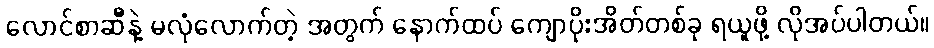
လောင်စာဆီနဲ့ မလုံလောက်တဲ့ အတွက် နောက်ထပ် ကျောပိုးအိတ်တစ်ခု ရယူဖို့ လိုအပ်ပါတယ်။